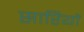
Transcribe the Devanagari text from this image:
सारियों